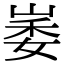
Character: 崣